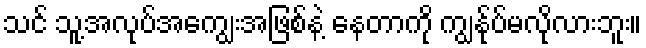
သင် သူ့အလုပ်အကျွေးအဖြစ်နဲ့ နေတာကို ကျွန်ုပ်မလိုလားဘူး။